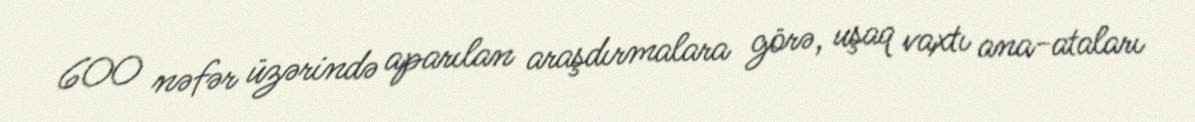
600 nəfər üzərində aparılan araşdırmalara görə, uşaq vaxtı ana-ataları